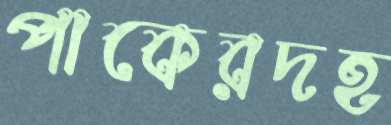
পাকেরদহ